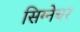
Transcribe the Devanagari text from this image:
सिग्‍नेचर